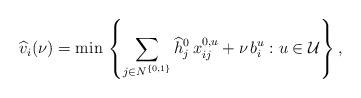
LaTeX: \begin{align*}\widehat{v}_i(\nu) = \min \, \left\{\sum_{j \in N^{\{0, 1\}}} \widehat{h}_j^0\, x_{ij}^{0, u} + \nu \, b_i^u: u \in \mathcal{U}\right\},\end{align*}